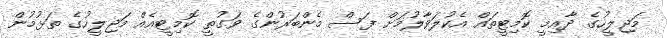
މަޖިލީހުގެ ދާއިމީ ކޮމިޓީތައް އެކުލަވާލުމަށް ފަސް މެންބަރުންގެ ވަގުތީ ކޮމިޓީއެއް މަޖިލީހުގެ ތަޅުމުން